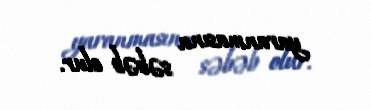
yaranmasına səbəb olur.